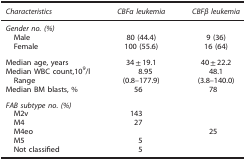
| Characteristics | CBFα leukemia | CBFβ leukemia |
 | --- | --- | --- |
 | <COLSPAN=3> Gender no. (%) |
 | Male | 80 (44.4) | 9 (36) |
 | Female | 100 (55.6) | 16 (64) |
 | Median age, years | 34±19.1 | 40±22.2 |
 | Median WBC count,109/l | 8.95 | 48.1 |
 | Range | (0.8–177.9) | (3.8–140.0) |
 | Median BM blasts, % | 56 | 78 |
 |  |  |  |
 | <COLSPAN=3> FAB subtype no. (%) |
 | M2v | 143 |  |
 | M4 | 27 |  |
 | M4eo |  | 25 |
 | M5 | 5 |  |
 | Not classified | 5 |  |